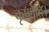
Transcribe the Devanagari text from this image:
कृष्णेति।